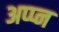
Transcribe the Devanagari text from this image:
अप्प्न